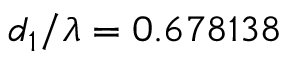
d _ { 1 } / \lambda = 0 . 6 7 8 1 3 8